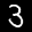
Label: 3